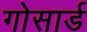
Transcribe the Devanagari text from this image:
गोसार्ड